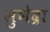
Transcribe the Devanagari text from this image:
सुभेद्रा